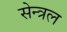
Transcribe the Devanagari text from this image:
सेन्त्रल